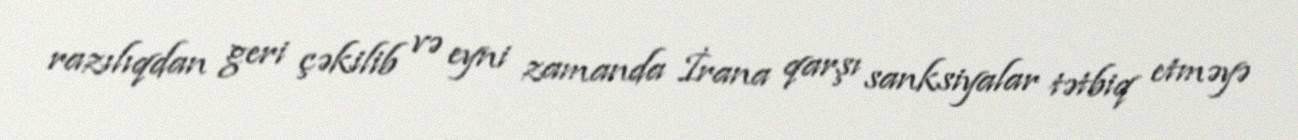
razılıqdan geri çəkilib və eyni zamanda İrana qarşı sanksiyalar tətbiq etməyə